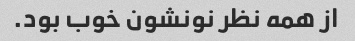
از همه نظر نونشون خوب بود.